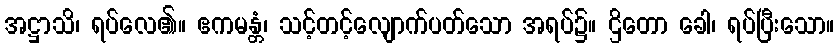
အဋ္ဌာသိ၊ ရပ်လေ၏။ ဧကမန္တံ၊ သင့်တင့်လျောက်ပတ်သော အရပ်၌။ ဌိတော ခေါ၊ ရပ်ပြီးသော။